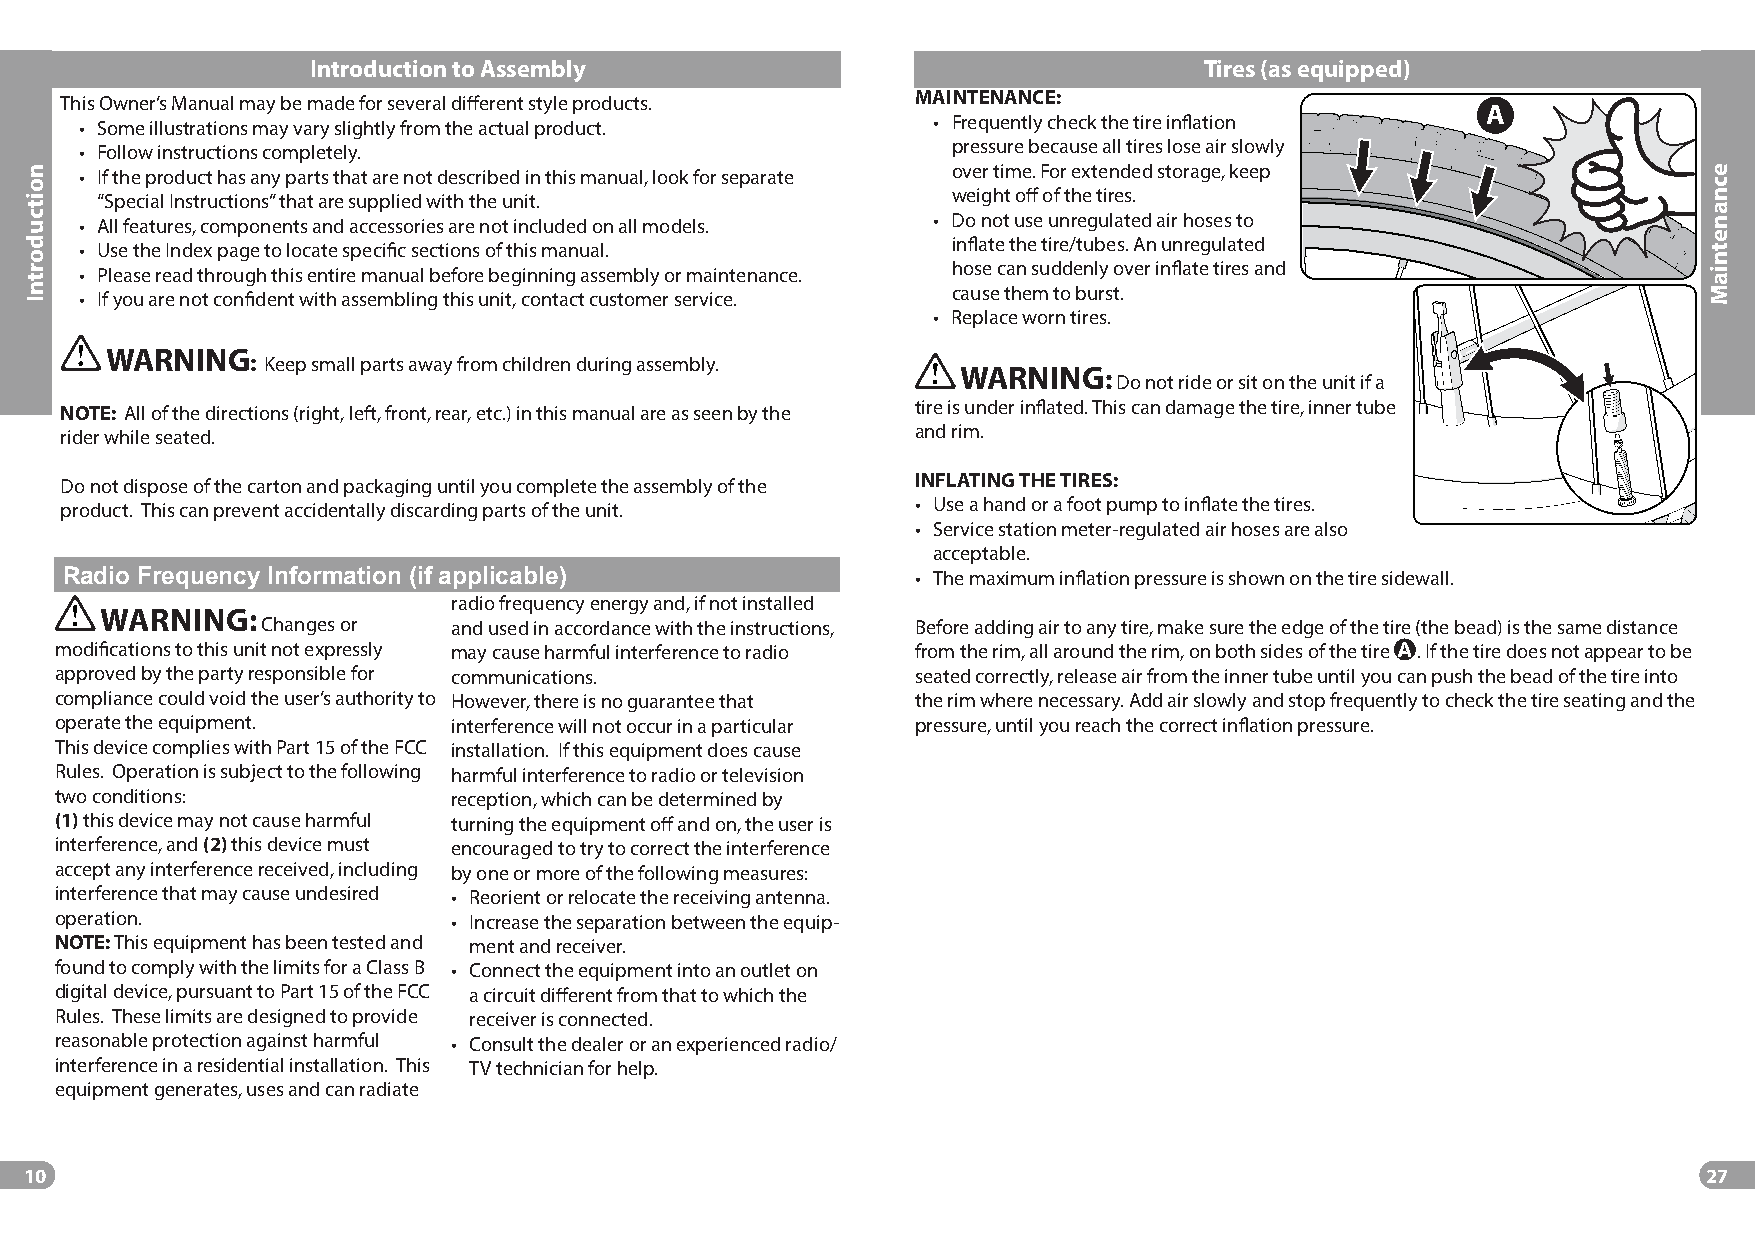
Introduction to Assembly                                   Tires (as equipped)
 This Owner’s Manual may be made for several diff erent style products. MAINTENANCE:           A
 • Some illustrations may vary slightly from the actual product. • Frequently check the tire infl ation
 • Follow instructions completely.                         pressure because all tires lose air slowly
 • If the product has any parts that are not described in this manual, look for separate over time. For extended storage, keep
 “Special Instructions” that are supplied with the unit.  weight off of the tires.
 • All features, components and accessories are not included on all models. • Do not use unregulated air hoses to
 • Use the Index page to locate specifi c sections of this manual. infl ate the tire/tubes. An unregulated
 • Please read through this entire manual before beginning assembly or maintenance. hose can suddenly over infl ate tires and
 • If you are not confi dent with assembling this unit, contact customer service. cause them to burst.
 • Replace worn tires.
 WARNING
 : Keep small parts away from children during assembly.
 WARNING:
 Do not ride or sit on the unit if a
 NOTE: All of the directions (right, left, front, rear, etc.) in this manual are as seen by the tire is under infl ated. This can damage the tire, inner tube
 rider while seated.                                      and rim.
 Do not dispose of the carton and packaging until you complete the assembly of the INFLATING THE TIRES:
 product. This can prevent accidentally discarding parts of the unit. • Use a hand or a foot pump to infl ate the tires.
 • Service station meter-regulated air hoses are also
 acceptable.
 Radio Frequency Information (if applicable)              • The maximum infl ation pressure is shown on the tire sidewall.
 radio frequency energy and, if not installed
 WARNING:
 Changes or   and used in accordance with the instructions, Before adding air to any tire, make sure the edge of the tire (the bead) is the same distance
 modifi cations to this unit not expressly may cause harmful interference to radio from the rim, all around the rim, on both sides of the tire A . If the tire does not appear to be
 approved by the party responsible for communications.    seated correctly, release air from the inner tube until you can push the bead of the tire into
 compliance could void the user’s authority to However, there is no guarantee that the rim where necessary. Add air slowly and stop frequently to check the tire seating and the
 operate the equipment.    interference will not occur in a particular pressure, until you reach the correct infl ation pressure.
 This device complies with Part 15 of the FCC installation. If this equipment does cause
 Rules. Operation is subject to the following harmful interference to radio or television
 two conditions:           reception, which can be determined by
 (1) this device may not cause harmful turning the equipment off and on, the user is
 interference, and (2) this device must encouraged to try to correct the interference
 accept any interference received, including by one or more of the following measures:
 interference that may cause undesired • Reorient or relocate the receiving antenna.
 operation.                • Increase the separation between the equip-
 NOTE: This equipment has been tested and ment and receiver.
 found to comply with the limits for a Class B • Connect the equipment into an outlet on
 digital device, pursuant to Part 15 of the FCC a circuit diff erent from that to which the
 Rules. These limits are designed to provide receiver is connected.
 reasonable protection against harmful • Consult the dealer or an experienced radio/
 interference in a residential installation. This TV technician for help.
 equipment generates, uses and can radiate
 10                                                                                                             27
 noitcudortnI                                                                                                   ecnanetniaM